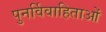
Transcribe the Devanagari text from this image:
पुनर्विवाहिताओं